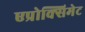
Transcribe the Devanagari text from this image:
एप्रोक्सिमेट